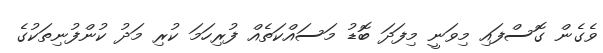
ވެގެން ގޮސްފައި މިވަނީ މިފަދަ ބޮޑު މަސައްކަތެއް ފުރިހަމަ ކުރި މަދު ކުންފުނިތަކުގެ